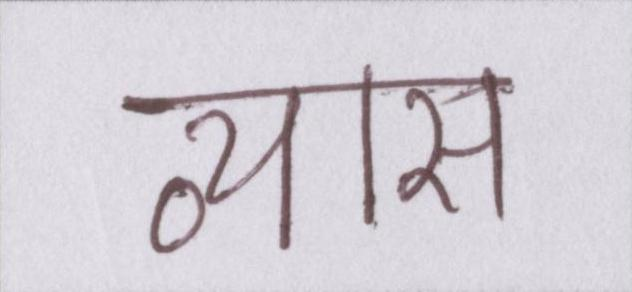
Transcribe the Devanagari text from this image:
व्यास